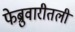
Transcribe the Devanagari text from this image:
फेब्रुवारीतली